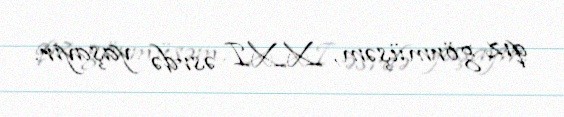
qız görmüşəm, XXI əsrdə yaşayır.